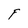
Character: F